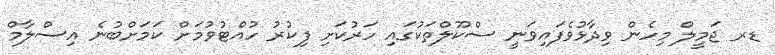
ޑރ ޖަމީލް މިހެން ވިދާޅުވެފައިވަނީ ސްކޫލްތަކުގައި ހަރުކަށި ފިކުރު ހުއްޓުވުމަށް ކަމަށްބުނެ އިސްލާމް